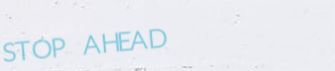
STOP AHEAD